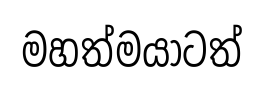
මහත්මයාටත්